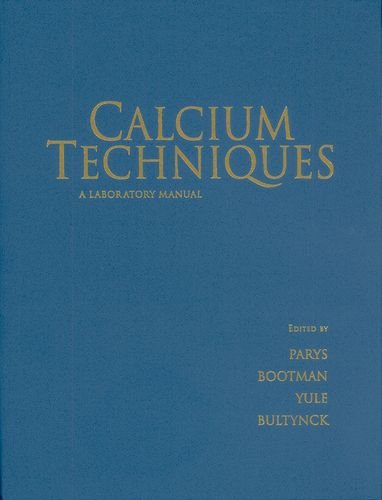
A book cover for Calcium Techniques: A Laboratory Manual; Medical Books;